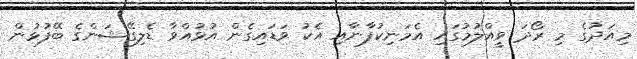
މިއަދުގެ މި ރޯދަ ވީއްލުމުގައި އެމަނިކުފާނާއި އެކު ވަޑައިގެން އުޅުއްވާ ޑެލިގޭޝަންގެ ބޭފުޅުން